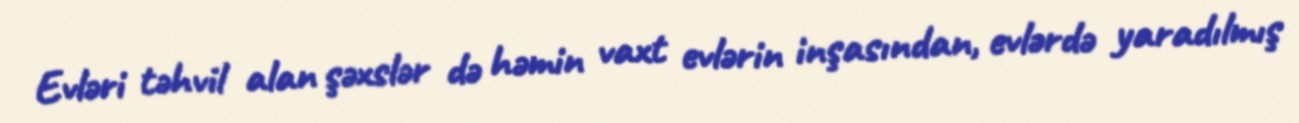
Evləri təhvil alan şəxslər də həmin vaxt evlərin inşasından, evlərdə yaradılmış